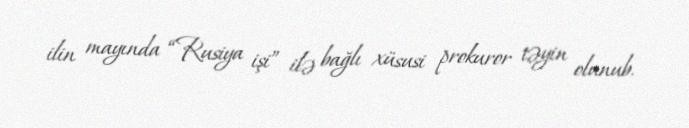
ilin mayında “Rusiya işi” ilə bağlı xüsusi prokuror təyin olunub.